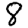
Digit: 8